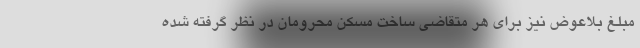
مبلغ بلاعوض نیز برای هر متقاضی ساخت مسکن محرومان در نظر گرفته شده